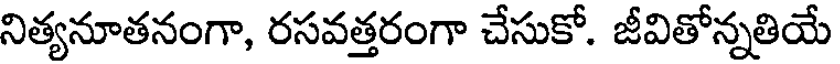
నిత్యనూతనంగా, రసవత్తరంగా చేసుకో. జీవితోన్నతియే